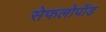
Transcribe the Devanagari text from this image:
सेफलोपॉड